Annual report of the Central Committee of the Association together with the report of the directors of the Pasteur Institute at Kasauli
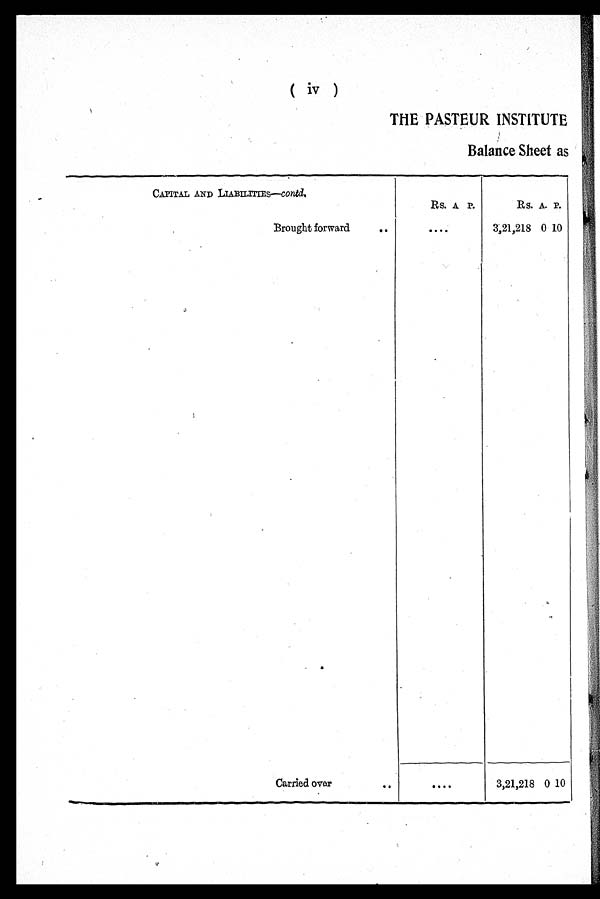
( iv )
THE PASTEUR INSTITUTE
Balance Sheet as
CAPITAL AND LIABILITIES—contd.
Rs. A. P.
Rs. A. P.
Brought forward
..
....
3,21,218 0 10
Carried over
..
....
3,21,218 0 10